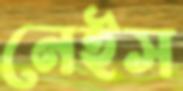
নেইস